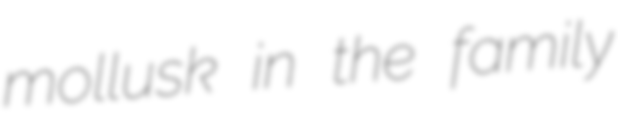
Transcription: mollusk in the family